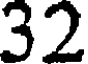
32